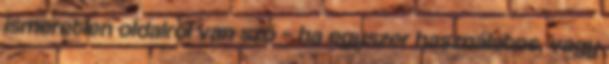
ismeretlen oldalról van szó – ha egyszer használatos, vagy